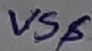
Text: VS$